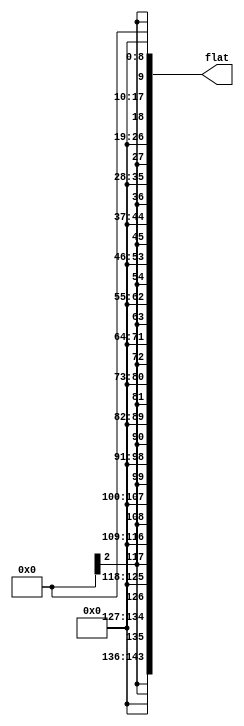
module m_flatten (
    flat
);


output [143:0] flat;
wire [143:0] flat;

wire [8:0] mcol;
wire [143:0] flat_i;

assign mcol = 9'd0;
assign flat_i[144-1:135] = None;
assign flat_i[135-1:126] = None;
assign flat_i[126-1:117] = None;
assign flat_i[117-1:108] = None;
assign flat_i[108-1:99] = None;
assign flat_i[99-1:90] = None;
assign flat_i[90-1:81] = None;
assign flat_i[81-1:72] = None;
assign flat_i[72-1:63] = None;
assign flat_i[63-1:54] = None;
assign flat_i[54-1:45] = None;
assign flat_i[45-1:36] = None;
assign flat_i[36-1:27] = None;
assign flat_i[27-1:18] = None;
assign flat_i[18-1:9] = None;
assign flat_i[9-1:0] = mcol[9-1:0];



assign flat = flat_i;

endmodule